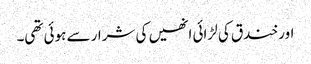
اور خندق کی لڑائی انھیں کی شرار سے ہوئی تھی۔